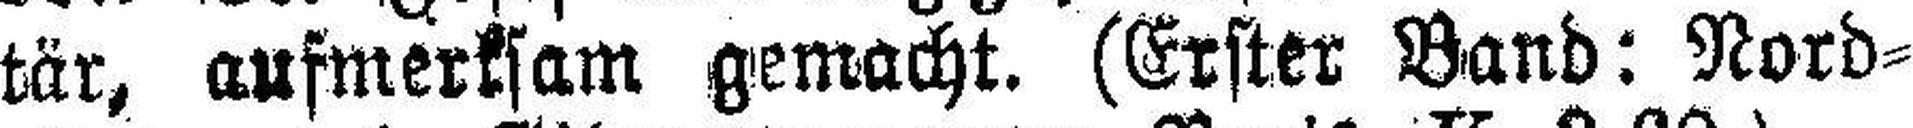
tär, aufmerksam gemacht. (Erster Band: Nord¬